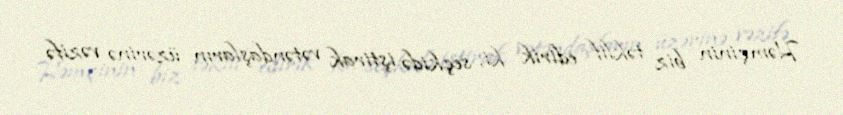
Həmçinin biz təklif edirik ki, seçkidə iştirak vətəndaşların üzərinə vəzifə